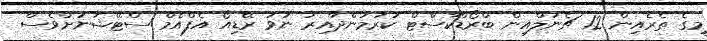
މީގެ ތެރެއިން 12 ޗެނަލްއިން ބްރޯޑްކާސްޓް ކުރަމުންދާއިރު ނުވަ ރޭޑިއޯ އެފްއެމް ސްޓޭޝަނަށްވެސް